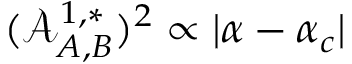
( \mathcal { A } _ { A , B } ^ { 1 , * } ) ^ { 2 } \propto \vert \alpha - \alpha _ { c } \vert